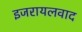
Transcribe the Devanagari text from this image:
इजरायलवाद